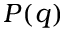
P ( q )